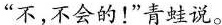
“不，不会的！”青蛙说。